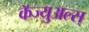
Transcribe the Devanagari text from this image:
कॅज्युअल्स्